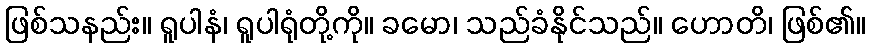
ဖြစ်သနည်း။ ရူပါနံ၊ ရူပါရုံတို့ကို။ ခမော၊ သည်ခံနိုင်သည်။ ဟောတိ၊ ဖြစ်၏။